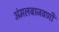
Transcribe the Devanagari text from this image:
अंमलबाजवणी